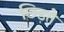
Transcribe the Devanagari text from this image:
छिड़ते